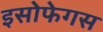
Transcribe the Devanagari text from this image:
इसोफेगस